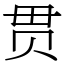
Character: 贯